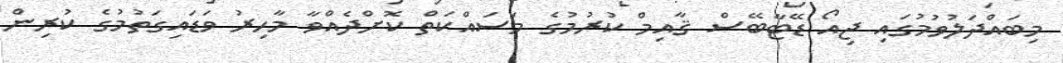
މިބައްދަލުވުމުގައި ޖިއޯ ޑޭޓާބޭސް ޤާއިމް ކުރުމުގެ މަސައްކަތް ކޮށްދެއްވާ މާހިރު ވަޑައިގަތުމުގެ ކުރިން